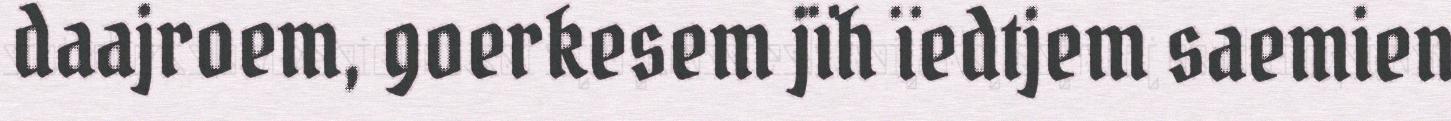
daajroem, goerkesem jïh ïedtjem saemien